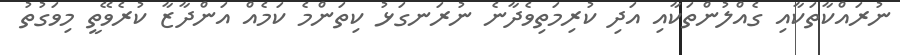
ނުރައްކާތަކާއި ގެއްލުންތަކާއި އަދި ކުރިމަތިވެދާނެ ނުރަނގަޅު ކިތަންމެ ކަމެއް އަންދާޒާ ކުރެވޭތީ މިވަގުތު